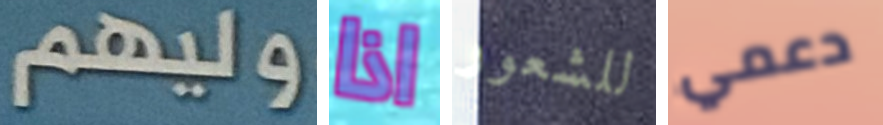
وليهم اذا للشعور دعمي